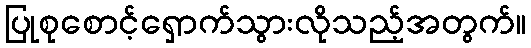
ပြုစုစောင့်ရှောက်သွားလိုသည့်အတွက်။